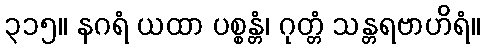
၃၁၅။ နဂရံ ယထာ ပစ္စန္တံ၊ ဂုတ္တံ သန္တရဗာဟိရံ။